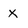
Character: x